Calcutta medical institutions reports 1879-81 [i.e.91]
Year: 1879
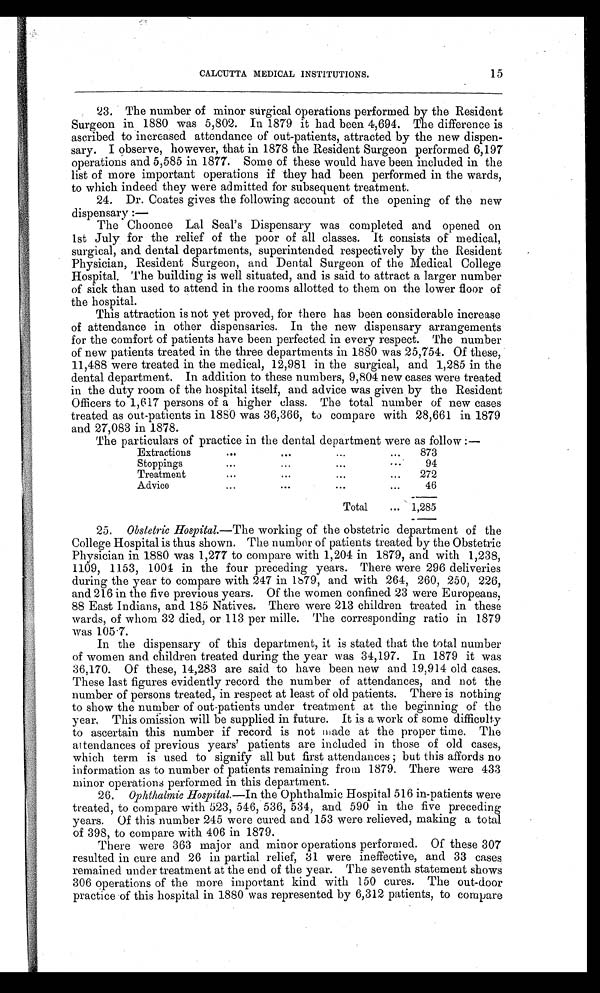
CALCUTTA MEDICAL INSTITUTIONS. 15
23. The number of minor surgical operations performed by the Resident
Surgeon in 1880 was 5,802. In 1879 it had been 4,694. The difference is
ascribed to increased attendance of out-patients, attracted by the new dispen-
sary. I observe, however, that in 1878 the Resident Surgeon performed 6,197
operations and 5,585 in 1877. Some of these would have been included in the
list of more important operations if they had been performed in the wards,
to which indeed they were admitted for subsequent treatment.
24.
Dr. Coates gives the following account of the opening of the new
dispensary:—
The Choonee Lal Seal's Dispensary was completed and opened on
1st July for the relief of the poor of all classes. It consists of medical,
surgical, and dental departments, superintended respectively by the Resident
Physician, Resident Surgeon, and Dental Surgeon of the Medical College
Hospital. The building is well situated, and is said to attract a larger number
of sick than used to attend in the rooms allotted to them on the lower floor of
the hospital.
This attraction is not yet proved, for there has been considerable increase
of attendance in other dispensaries. In the new dispensary arrangements
for the comfort of patients have been perfected in every respect. The number
of new patients treated in the three departments in 1880 was 25,754. Of these,
11,488 were treated in the medical, 12,981 in the surgical, and 1,285 in the
dental department. In addition to these numbers, 9,804 new cases were treated
in the duty room of the hospital itself, and advice was given by the Resident
Officers to 1,617 persons of a higher class. The total number of new cases
treated as out-patients in 1880 was 36,366, to compare with 28,661 in 1879
and 27,083 in 1878.
The particulars of practice in the dental department were as follow:—
Extractions
873
Stoppings
94
Treatment
272
Advice
46
Total
1,285
25. Obstetric Hospital.—The working of the obstetric department of the
College Hospital is thus shown. The number of patients treated by the Obstetric
Physician in 1880 was 1,277 to compare with 1,204 in 1879, and with 1,238,
1109, 1153, 1004 in the four preceding years. There were 296 deliveries
during the year to compare with 247 in 1879, and with 264, 260, 250, 226,
and 216 in the five previous years. Of the women confined 23 were Europeans,
88 East Indians, and 185 Natives. There were 213 children treated in these
wards, of whom 32 died, or 113 per mile. The corresponding ratio in 1879
was 105.7.
In the dispensary of this department, it is stated that the total number
of women and children treated during the year was 34,197. In 1879 it was
36,170. Of these, 14,283 are said to have been new and 19,914 old cases.
These last figures evidently record the number of attendances, and not the
number of persons treated, in respect at least of old patients. There is nothing
to show the number of out-patients under treatment at the beginning of the
y e a r . T h i s o m i s s i o n w i l l b e s u p p l i e d i n f u t u r e . I t i s a w o r k o f s o m e d i f f i c u l t y
to ascertain this number if record is not made at the proper time. The
attendances of previous years' patients are included in those of old cases,
which term is used to signify all but first attendances; but this affords no
information as to number of patients remaining from 1879. There were 433
minor operations performed in this department.
26. Ophthalmic Hospital.—In the Ophthalmic Hospital 516 in-patients were
treated, to compare with 523, 546, 536, 534, and 590 in the five preceding
years. Of this number 245 were cured and 153 were relieved, making a total
of 398, to compare with 406 in 1879.
There were 363 major and minor operations performed. Of these 307
resulted in cure and 26 in partial relief, 31 were ineffective, and 33 cases
remained under treatment at the end of the year. The seventh statement shows
306 operations of the more important kind with 150 cures. The out-door
practice of this hospital in 1880 was represented by 6,312 patients, to compare